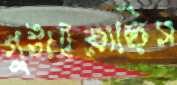
গুটাইয়াছিস